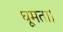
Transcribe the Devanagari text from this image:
घूमता।